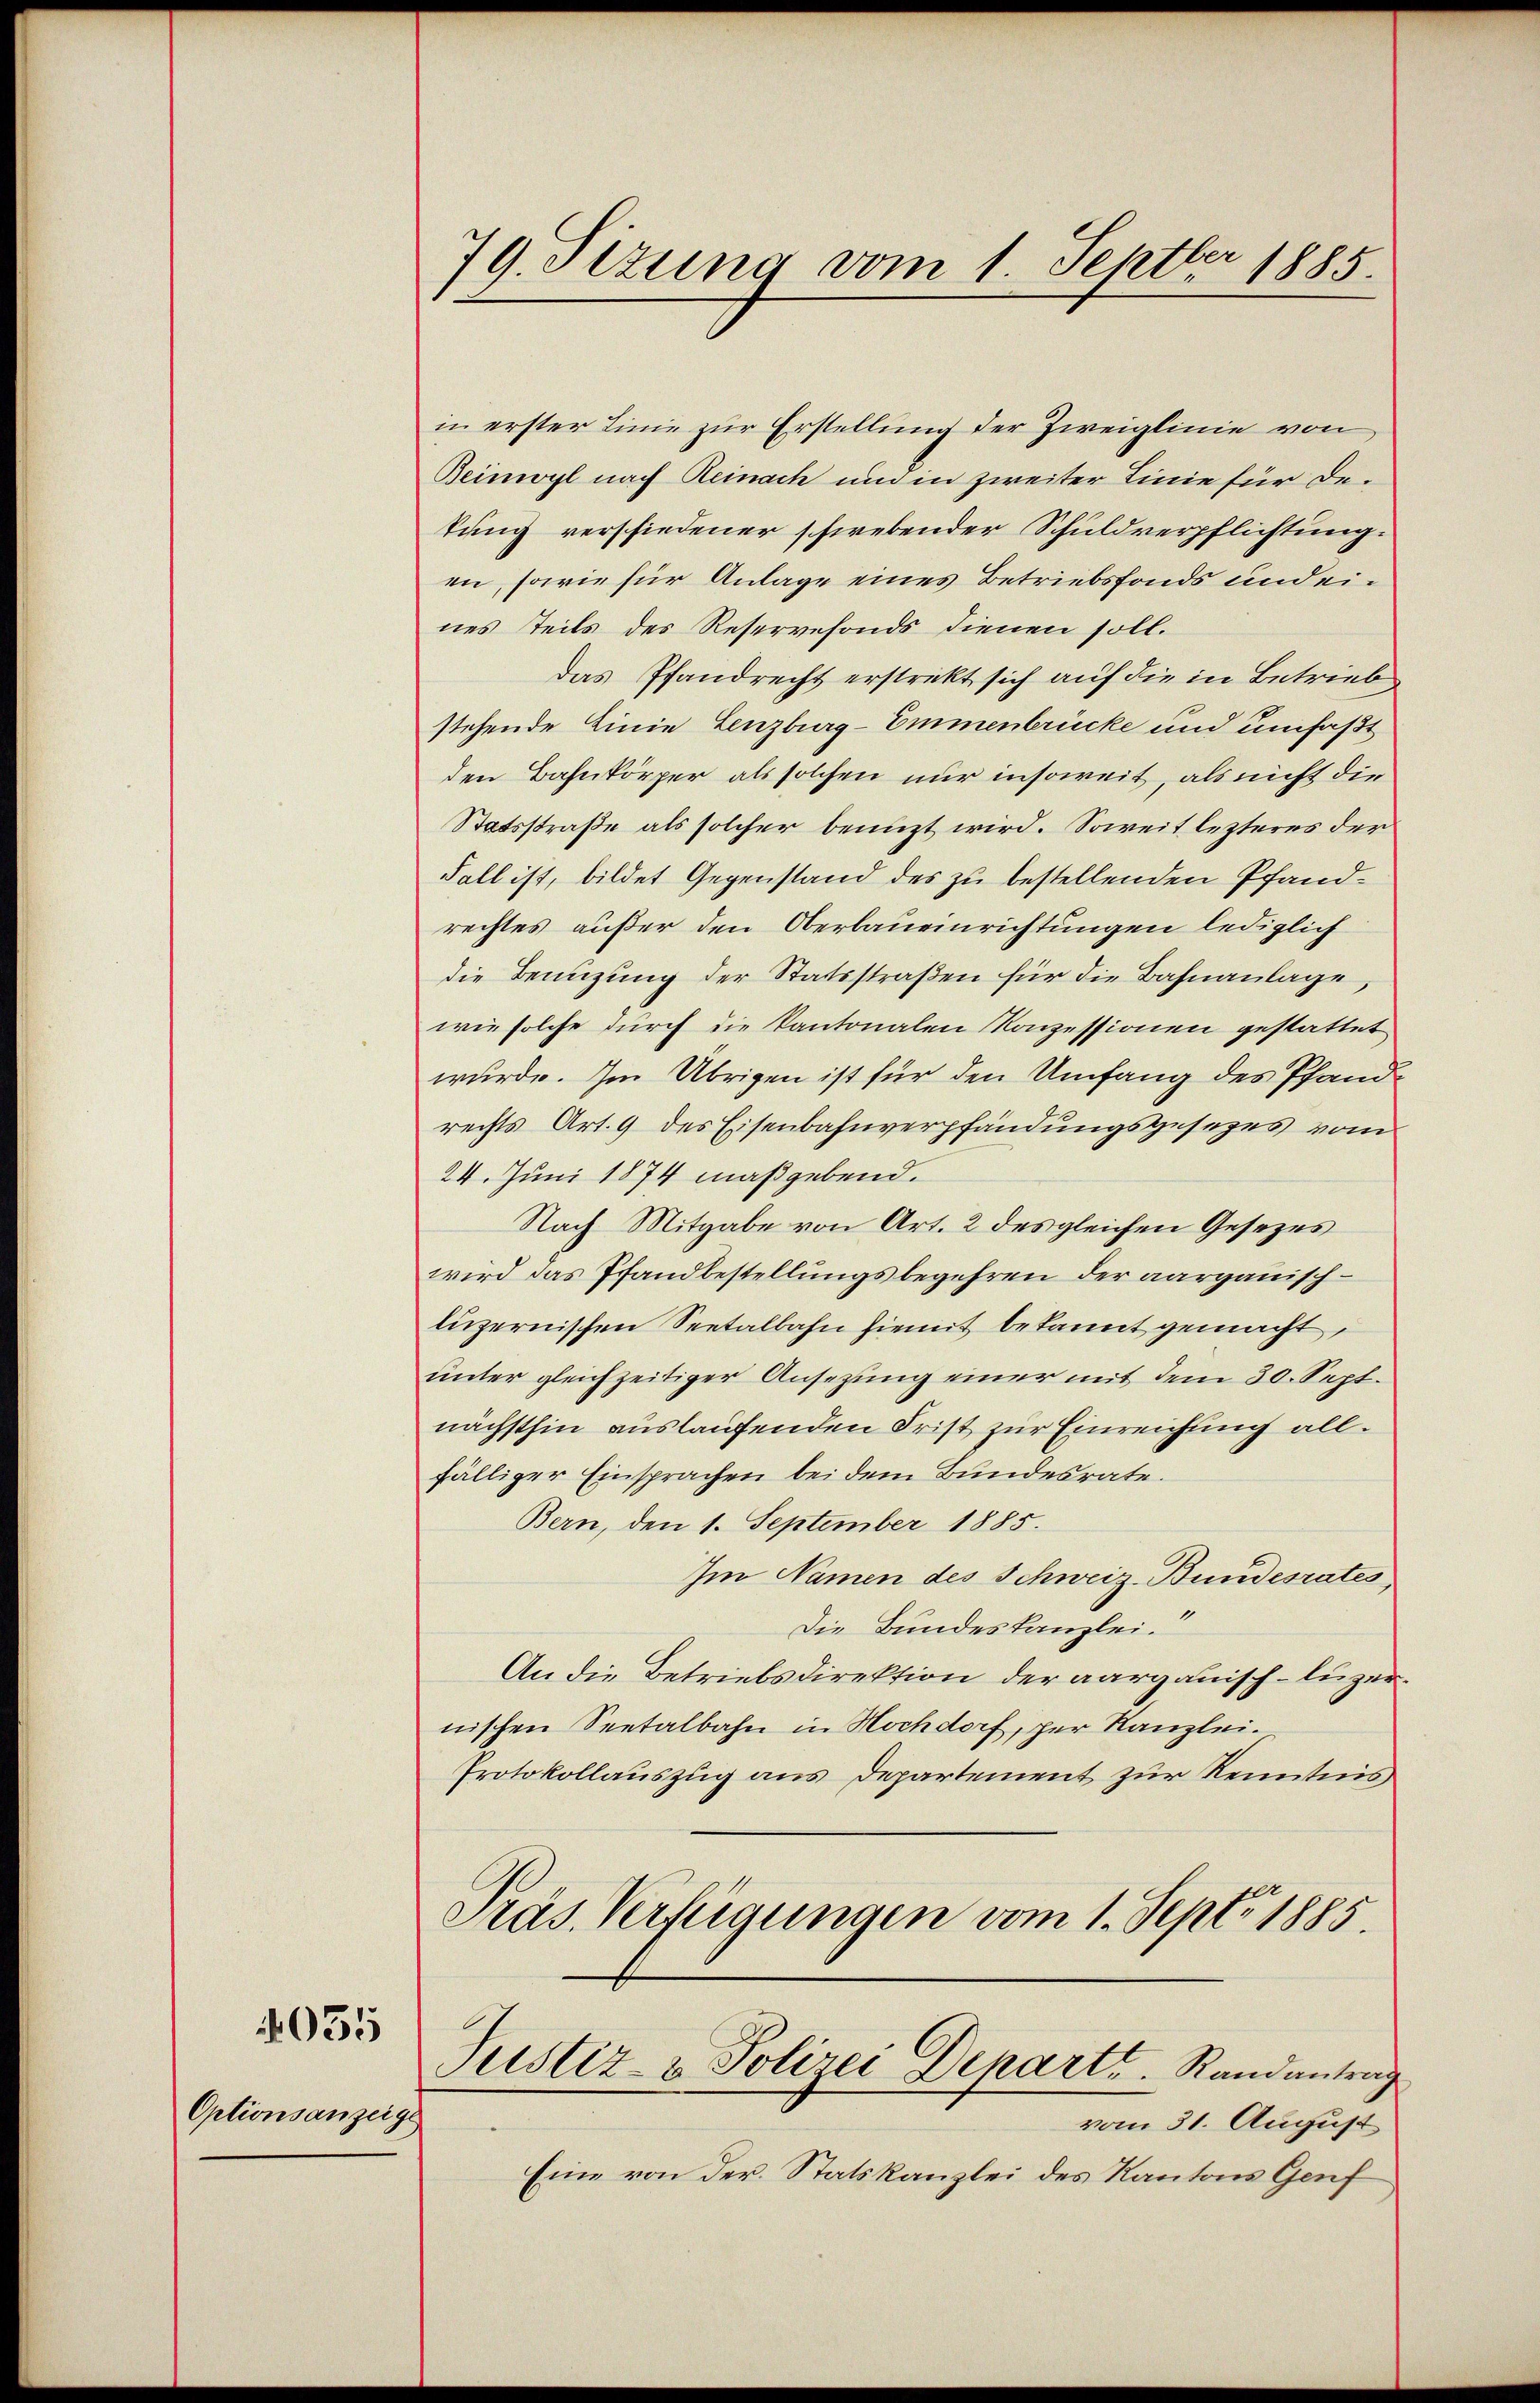
055

Optionsanzeige

79. Sizung vom 1. Septbr 1885.

in erster Linie zur Erstellung der Zweiglinie von
Beimoyl nach Reinach und in zweiter Linie für Detung verschiedener schwebender Schuldverpflichtung.
en, sowie für Anlage eines Betriebsfonds und eines teils des Reservefonds dienen soll.
Das Pfandrecht erstrickt sich auf die in Betrieb
stehende Linie Lenzburg-Emmenbrücke und umfaßt
den Bahnkörper als solchen nur insoweit, als nicht die
Statsstraße als solcher benuzt wird. Soweit lezteres der
Fall ist, bildet Gegenstand des zu bestellenden Pfandrechtes außer den Oberbaueinrichtungen lediglich
die Benüzŭng der Statsstraβen für die Bahnanlage,
wie solche durch die Kantonalen Konzessionen gestattet
wurde. Im Übrigen ist für den Umfang des Pfandrechts Art. 9 des Eisenbahnverpfändungsgesezes vom
24. Juni 1874 maßgebend.
Nach Mitgabe von Art. 2 des gleichen Gesezes
wird das Pfandbestellungsbegehren der aargauisch-
luzernischen Seetalbahn hiemit bekannt gemacht,
unter gleichzeitiger Ansezung einer mit dem 30. Sept.
nächsthin auslaufenden Frist zur Einreichung allfälliger Einsprachen bei dem Bundesrate.
Bern, den 1. September 1885.
Im Namen des Schweiz-Bundesrates,
Die Bundeskanzlei.
An die Betriebsdirektion der aargauisch-luzer
nischen Seetalbahn in Hochdorf, per Kanzlei.
Protokollauszug aus Departement zur Kenntnis
Präs. Verfügungen vom 1. Sept. 1885.
Justiz- & Polizei Depart. Randantrag
vom 31. August
Eine von der Statskanzlei des Kantons Genf